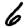
Digit: 6